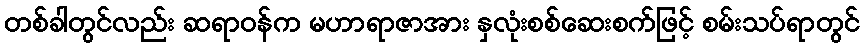
တစ်ခါတွင်လည်း ဆရာဝန်က မဟာရာဇာအား နှလုံးစစ်ဆေးစက်ဖြင့် စမ်းသပ်ရာတွင်